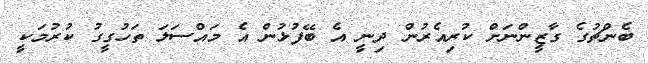
ބެންޗުގެ ގާޒީންނަށް ކުރިއެރުން ދިނީ އެ ބޭފުޅުން އެ މައްސަލަ ތަހުގީގު ކުރުމަކީ